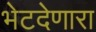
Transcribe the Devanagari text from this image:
भेटदेणारा